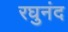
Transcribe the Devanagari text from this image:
रघुनंद